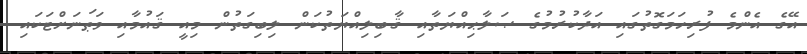
އޭގެ އެންމެ ފުރިހަމަގޮތުގައި އަދާކުރުމުގެ ޞަލާޙިއްޔަތާއި ޤާބިލިއްޔަތުކަން ލިބިގަތުން މިއީ ޤައުމާއި ވަޠަނަށްޓަކައި